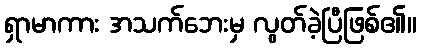
ရှာမာကား အသက်ဘေးမှ လွတ်ခဲ့ပြီဖြစ်၏။